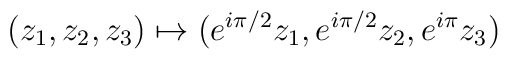
(z_1,z_2,z_3) \mapsto (e^{i \pi /2} z_1, e^{i \pi / 2} z_2, e^{i \pi} z_3)